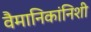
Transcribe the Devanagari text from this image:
वैमानिकांनिशी